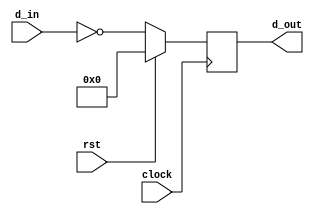
// This program was cloned from: https://github.com/haojunliu/OpenFPGA
// License: BSD 2-Clause "Simplified" License

module wide_inv_reg
(
    d_in,
    d_out,
    clock,
    rst
);
    input clock;
    input rst;
    input [31:0] d_in;

    reg [31:0] d_d;

    output [31:0] d_out;

    always @ (posedge clock)
        if(rst)
            d_d <= 32'b0;
        else
            d_d <= ~d_in;

    assign d_out = d_d;

endmodule